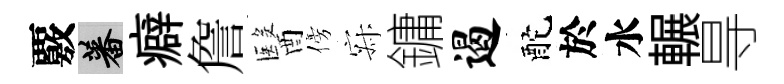
覈蕃癖詹醫傍寂鏞遏酡於水輾㝵